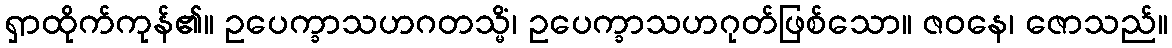
ရှာထိုက်ကုန်၏။ ဥပေက္ခာသဟဂတသ္မိံ၊ ဥပေက္ခာသဟဂုတ်ဖြစ်သော။ ဇဝနေ၊ ဇောသည်။